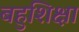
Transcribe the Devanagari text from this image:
बहुशिक्षा